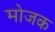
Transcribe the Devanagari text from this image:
मोजक